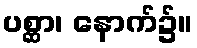
ပစ္ဆာ၊ နောက်၌။